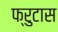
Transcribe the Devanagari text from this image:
फ्रुटास